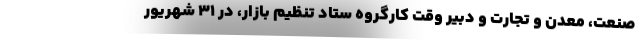
صنعت، معدن و تجارت و دبیر وقت کارگروه ستاد تنظیم بازار، در 31 شهریور